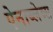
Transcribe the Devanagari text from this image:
ऐनाब्लेब्स